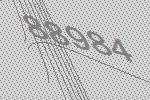
88984